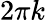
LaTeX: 2\pi k